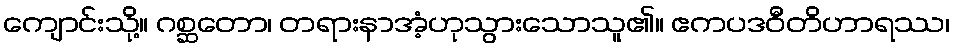
ကျောင်းသို့။ ဂစ္ဆတော၊ တရားနာအံ့ဟုသွားသောသူ၏။ ဧကပဒဝီတိဟာရဿ၊